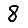
Digit: 8